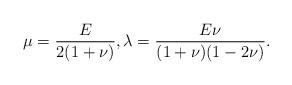
LaTeX: \begin{align*}\mu=\frac{E}{2(1+\nu)}, \lambda=\frac{E\nu}{(1+\nu)(1-2\nu)}.\end{align*}